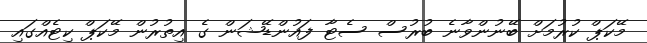
މޭކަޕް ކުރުމަށް ބޭނުންވާނެ ބުރުސް ސެޓާ ފައުންޑޭޝަން ގެ އިތުރުން މޭކަޕް ކިޓެއްގައި